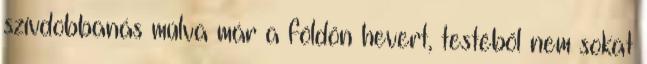
szívdobbanás múlva már a földön hevert, testéből nem sokat